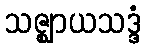
သဇ္ဈာယသဒ္ဒံ